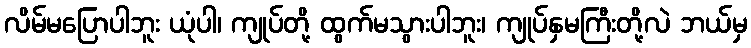
လိမ်မပြောပါဘူး ယုံပါ၊ ကျုပ်တို့ ထွက်မသွားပါဘူး၊ ကျုပ်နှမကြီးတို့လဲ ဘယ်မှ